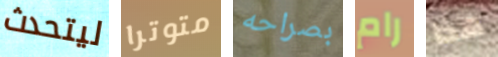
ليتحدث متوترا بصراحه رام هذا